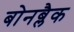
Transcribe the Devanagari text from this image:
बोनब्लैक